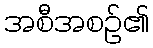
အစီအစဉ်၏